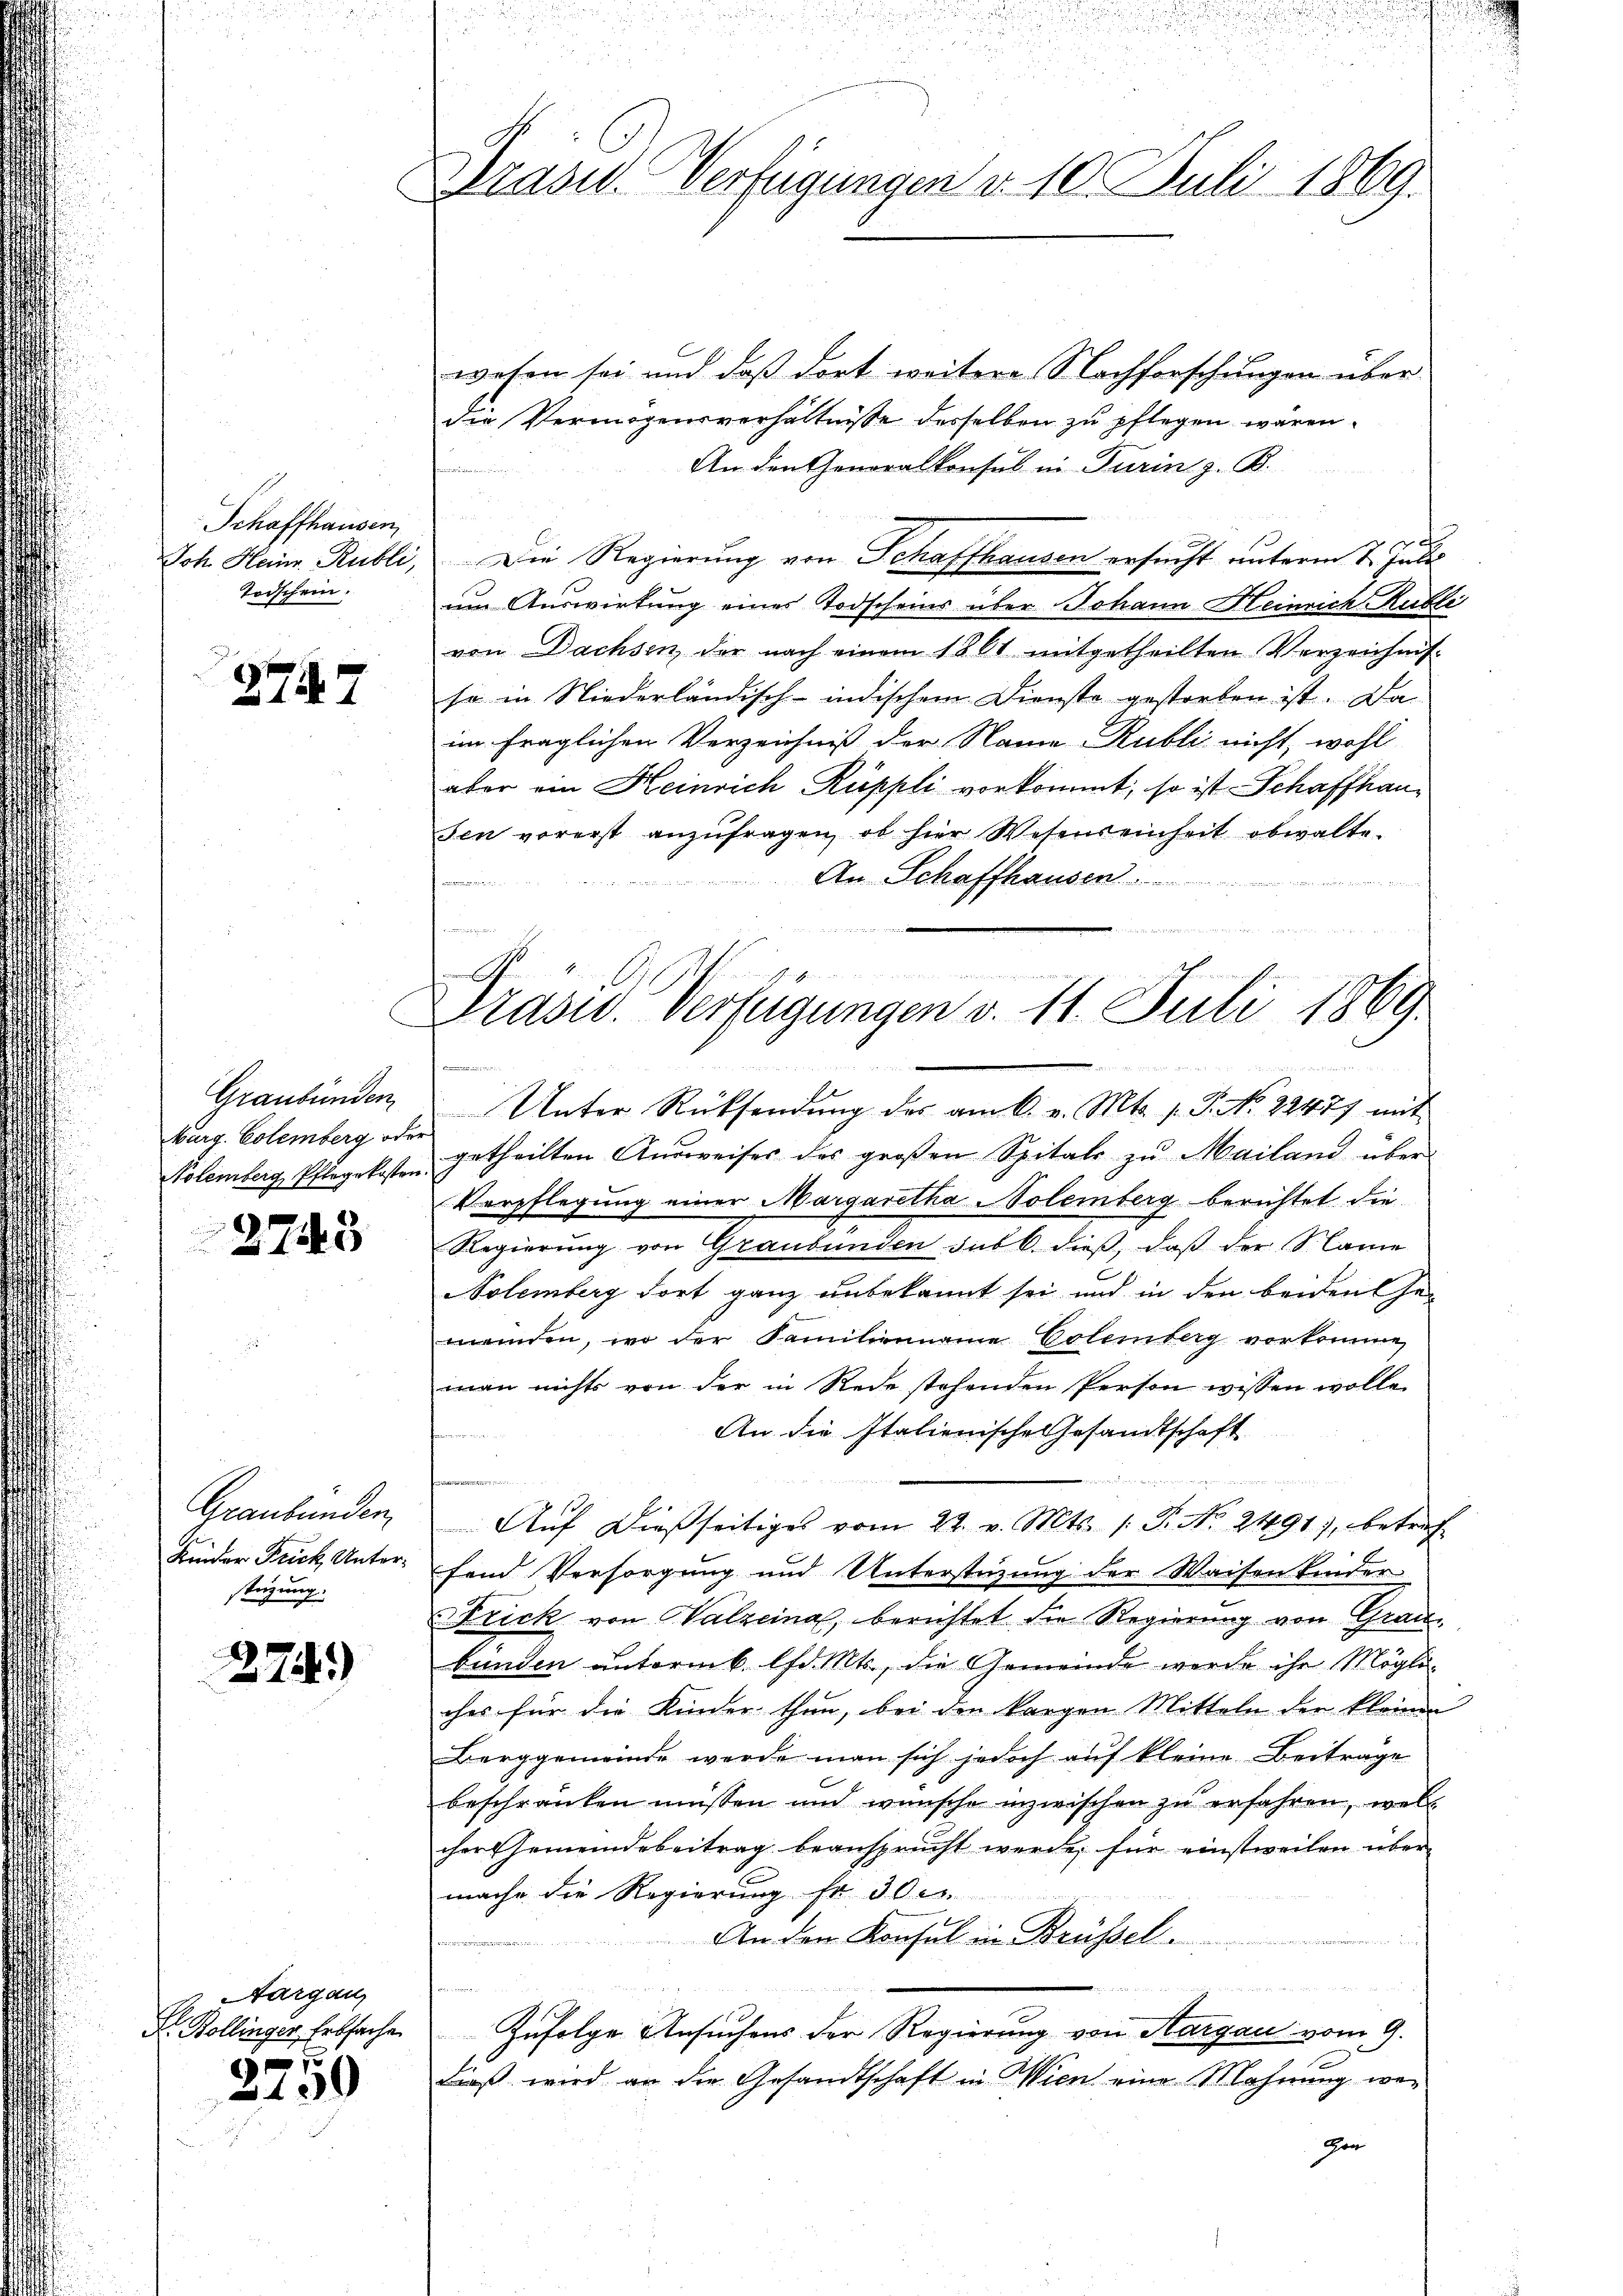
Schaffhausen,
Joh. Heinr. Rubli,
Todschein.

2747

Graubünden
Burg. Colemberg oder

27443

Graubünden
Kinder Frick, Unterstüzung.

274)

Aargau
Dr. Bollinger, Erbsache

2750

Brasid. Verfügungen d. 10. Juli 1869

Drasid. Verfügungen v. 11. Juli 1869

wesen sei und daß dort weitere Nachforschungen über
die Vermögensverhältnisse desselben zu pflegen wären.
An den Generalkonsul in Turin z. B.
n
.
Die Regierung von Schaffhausen ersucht unterm 7. Juli
am Auswirkung eines Todscheins über Johann Heinrich Kubli
von Dachsen der nach einem 1861 mitgetheilten Verzeichnis-
se in Niederländisch-indischem Dienste gestorben ist. Da
im fraglichen Verzeichniß der Name Rubli nicht, wohl
aber ein Heinrich Ruppli vorkommt, so ist Schaffhausen vorerst anzufragen, ob hier Wesenseinheit obwalte.
An Schaffhausen
faramen

n

Unter Rücksendŭng des am 6. v. Mts. 1. P. No. 22477 mit
olemberg Pflegekosten getheilten Ausweises des großen Spitals zu Mailand über
Verpflegung einer Margaretha Volemberg berichtet die
Regierŭng von Graubünden sub b. dieβ, daβ der Sclame
Volemberg dort ganz unbekannt sei und in den beiden Gemenden, wo der Familienname Colemberg vorkomme,
man nichts von der in Rede stehenden Person wissen wolle.
An die Italienische Gesandtschaft
Aŭf dießseitiges vom 22. v. Mts. (T. No. 2491), betref
fend Versorgung und Unterstüzung der Waisen kinder
Frick von Valzeina, berichtet die Regierung von Grau
bunden autormb. lfd. Mts., die Gemeinde werde ihr Mögli
ches für die Kinder thun, bei den kargen Mitteln der kleinen
Berggemeinde werde man sich jedoch auf kleine Beitrage
beschränken müssen und wünsche inzwischen zu erfahren, wel
cher Gemeindebeitrag beansprucht werde, für einstweilen übermache die Regierung fr. 30.
An den Konsul in Brüssel
Zufolge Ansuchens der Regierung von Aargau vom 9.
dieß wird an die Gesandtschaft in Wien eine Mahnung wer¬
Gon